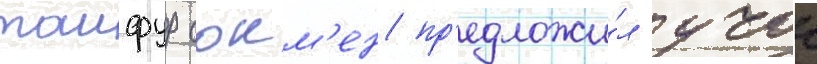
таифур сокм'ен пр'едложи́л учок